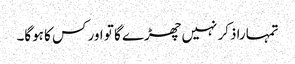
تمہارا ذکر نہیں چھڑے گا تو اور کس کا ہوگا۔